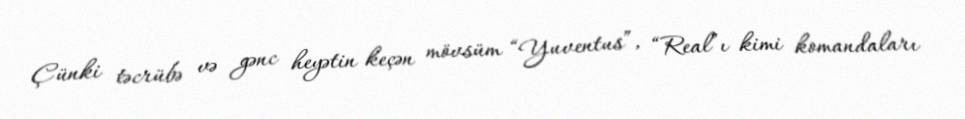
Çünki təcrübə və gənc heyətin keçən mövsüm “Yuventus”, “Real”ı kimi komandaları